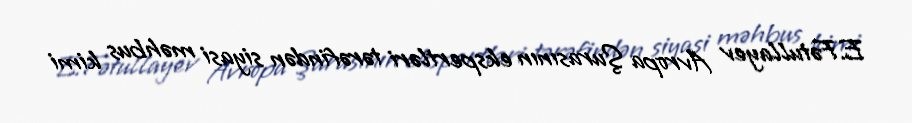
E.Fətullayev Avropa Şurasının ekspertləri tərəfindən siyasi məhbus kimi